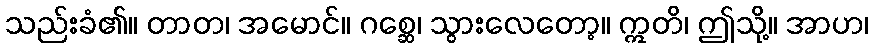
သည်းခံ၏။ တာတ၊ အမောင်။ ဂစ္ဆေ၊ သွားလေတော့။ ဣတိ၊ ဤသို့။ အာဟ၊